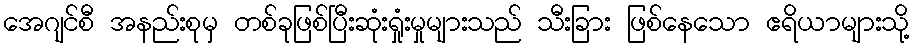
အေဂျင်စီ အနည်းစုမှ တစ်ခုဖြစ်ပြီးဆုံးရှုံးမှုများသည် သီးခြား ဖြစ်နေသော ဧရိယာများသို့